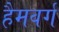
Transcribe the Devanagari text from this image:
हैमवर्ग